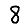
Digit: 8